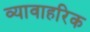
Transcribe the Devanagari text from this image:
व्यावाहरिक